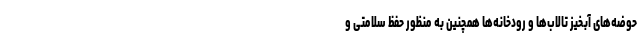
حوضه‌های آبخیز تالاب‌ها و رودخانه‌ها همچنین به منظور حفظ سلامتی و